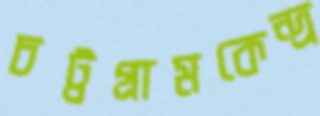
চট্টগ্রামকেন্দ্র